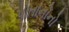
પોતાનોનો